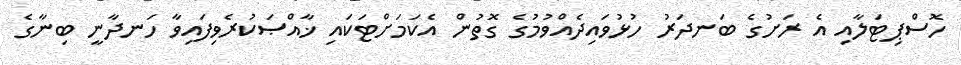
ހޮސްޕިޓަލާއި އެ ރަށުގެ ބަނދަރު ހުޅުވައިދެއްވުމުގެ ގޮތުން އެކަމަށްޓަކައި ޚާއްޞަކުރެވިފައިވާ ހަނދާނީ ބިނާގެ